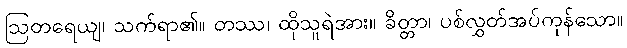
ဩတရေယျ၊ သက်ရာ၏။ တဿ၊ ထိုသူရဲအား။ ခိတ္တာ၊ ပစ်လွှတ်အပ်ကုန်သော။